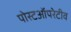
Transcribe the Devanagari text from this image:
पोस्टऑपरेटीव